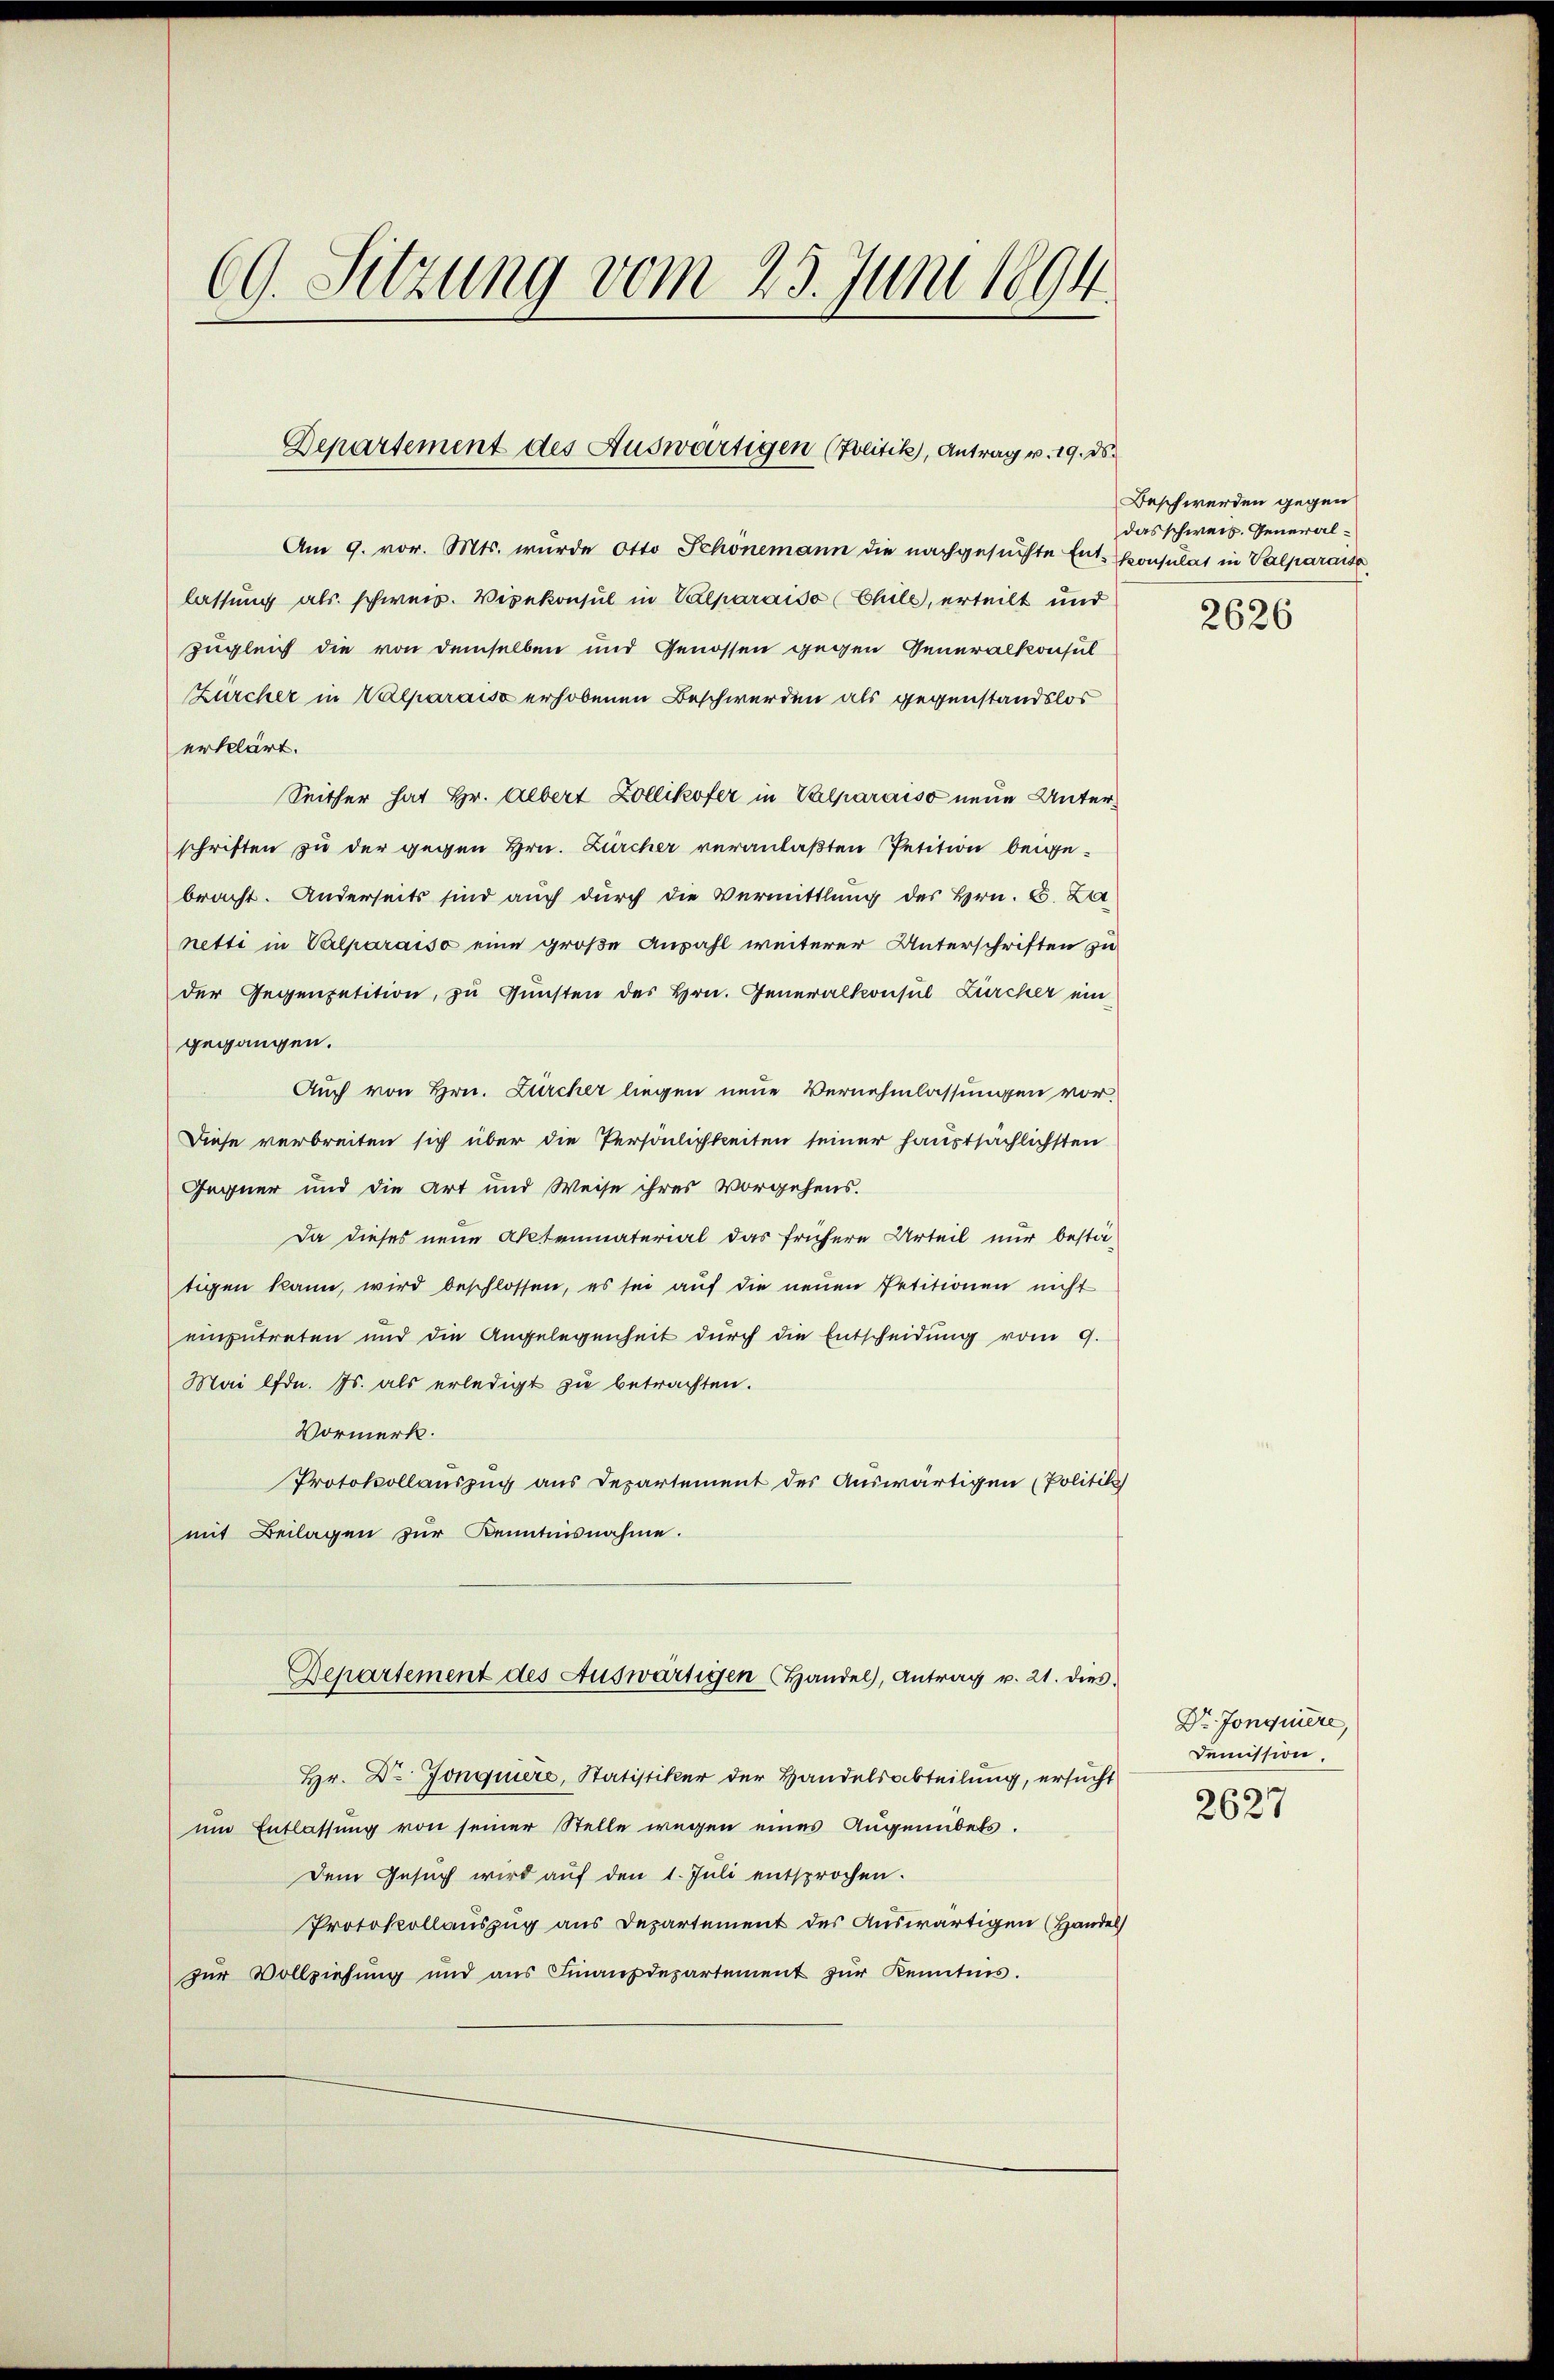
69. Sitzung vom 23. Juni 1894.

Am 9. vor. Mts. wurde Otto Schönemann die nachgesuchte Ent-Consulat in Valparaise
lassung als schweiz. Vicekonsul in Valparaiso (Chils, erteilt und
zugleich die von demselben und Genossen gegen Generalkonsul
Zürcher in Valparais erhobenen Beschwerden als gegenstandslos
erklärt.
Seither hat Hr. Albert Zollikofer in Valparaiso neue Unterschriften zu der gegen Hrn. Zürcher veranlaßten Petition beigebracht. Anderseits sind auch durch die Vermittlung des Hrn. C. La
netti in Valparaiso eine große Anzahl weiterer Unterschriften zu
der Regenpetition, zu Gunsten des Hrn. Generalkonsul Zürcher ein
gegangen.
Auch von Hrn. Zürcher liegen neue Vernehmlassungen vor.
Diese verbreiten sich über die Persönlichkeiten seiner hauptsächlichsten
Gegner und die Art und Weise ihres Vorgehens.
Da dieses neue Aktenmaterial das frühere Urteil nur bestä-
tigen kann, wird beschlossen, es sei auf die neuen Petitionen nicht
einzutreten und die Angelegenheit durch die Entscheidung vom 9.
Mai lfd. Js. als erledigt zu betrachten.
Vormerk.
Protokollauszug aus Departement des Auswärtigen (Politik
mit Beilagen zur Kenntnisnahme.
Departement des Auswärtigen Handel, Antrag v. 21. dies
Hr. Dr Jonquiere, Statistiker der Handelsabteilung, ersucht
um Entlassung von seiner Stelle wegen eines Augenübels.
Dem Gesuch wird auf den 1. Juli entsprochen.
Protokollauszug aus Departement des Auswärtigen (Hande
zur Vollziehung und aŭs Finanzdepartement zŭr Kenntnis.

Departement des Auswärtigen (Zolitik, Antrag v. 19. ds.

Beschwerden gegen
das schweiz. General-
2626

Dr Jonquiere,
Demission.
2627